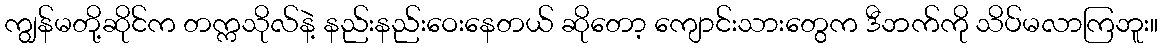
ကျွန်မတို့ဆိုင်က တက္ကသိုလ်နဲ့ နည်းနည်းဝေးနေတယ် ဆိုတော့ ကျောင်းသားတွေက ဒီဘက်ကို သိပ်မလာကြဘူး။